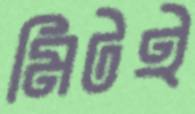
মিটই